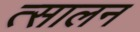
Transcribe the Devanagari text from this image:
त्सालन